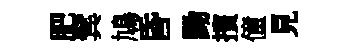
肥鬂鳩昏黝擯僮見